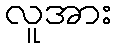
လူအား